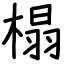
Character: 榻